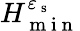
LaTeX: H_{\mathrm{~m~i~n~}}^{\varepsilon_{\mathrm{~s~}}}